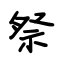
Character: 祭